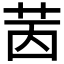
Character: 𦭮